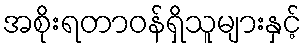
အစိုးရတာဝန်ရှိသူများနှင့်